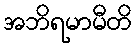
အဘိရမာမီတိ